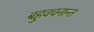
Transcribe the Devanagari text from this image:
बहुवचनान्त